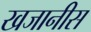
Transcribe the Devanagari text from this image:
खजानीस